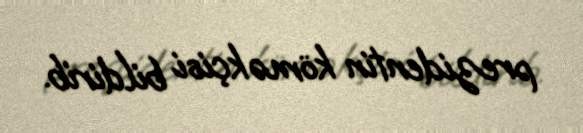
prezidentin köməkçisi bildirib.